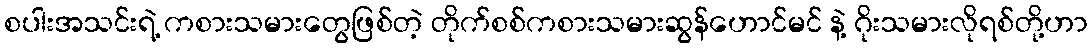
စပါးအသင်းရဲ့ ကစားသမားတွေဖြစ်တဲ့ တိုက်စစ်ကစားသမားဆွန်ဟောင်မင် နဲ့ ဂိုးသမားလိုရစ်တို့ဟာ